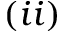
( i i )